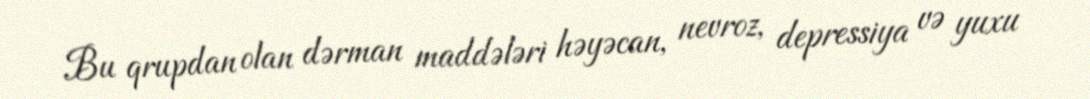
Bu qrupdan olan dərman maddələri həyəcan, nevroz, depressiya və yuxu